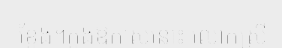
ខ្នែង។ក្នុងឱកាសនោះ លោកស្រី